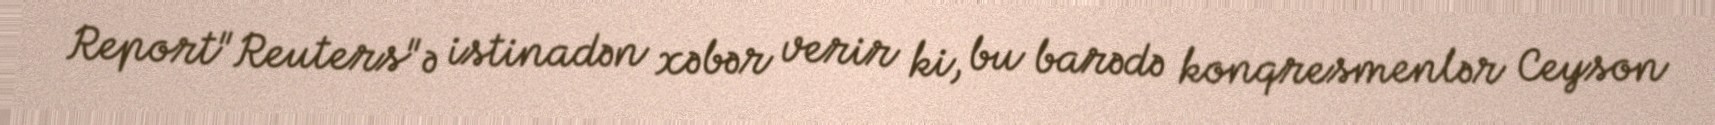
Report"Reuters"ə istinadən xəbər verir ki, bu barədə konqresmenlər Ceyson